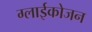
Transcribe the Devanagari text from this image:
ग्लाईकोजन